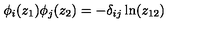
\phi _ { i } ( z _ { 1 } ) \phi _ { j } ( z _ { 2 } ) = - \delta _ { i j } \ln ( z _ { 1 2 } )